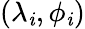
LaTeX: (\lambda_{\mathit{i}},\phi_{\mathit{i}})